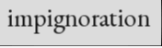
impignoration